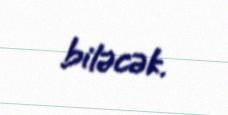
biləcək.